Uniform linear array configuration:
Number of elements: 48
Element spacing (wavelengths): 0.5
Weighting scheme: kaiser
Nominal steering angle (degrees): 30
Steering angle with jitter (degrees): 31.02
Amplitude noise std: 0.05
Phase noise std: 0.05

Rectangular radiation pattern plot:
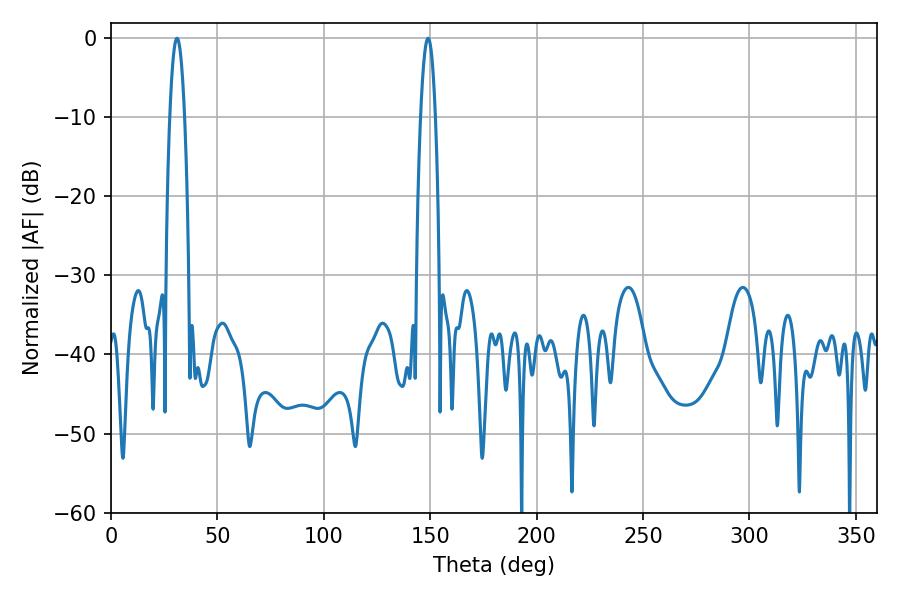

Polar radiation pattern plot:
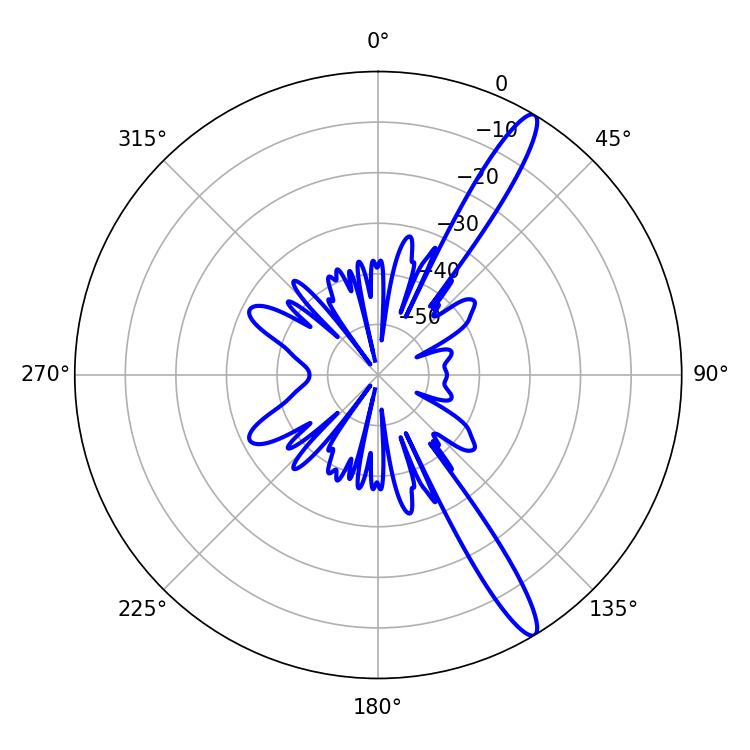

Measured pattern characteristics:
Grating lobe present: FALSE
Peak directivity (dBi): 14.278
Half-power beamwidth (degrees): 3.78
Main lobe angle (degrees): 30.96